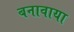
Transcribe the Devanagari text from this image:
बनावाया